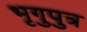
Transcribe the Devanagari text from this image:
भृगुपुत्र